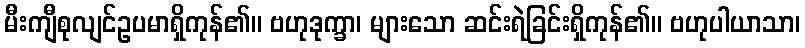
မီးကျီစုလျင်ဥပမာရှိကုန်၏။ ဗဟုဒုက္ခာ၊ များသော ဆင်းရဲခြင်းရှိကုန်၏။ ဗဟုပါယာသာ၊